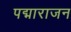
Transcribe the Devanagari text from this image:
पद्माराजन